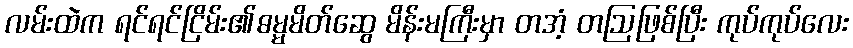
လမ်းထဲက ရင်ရင်ငြိမ်း၏ဓမ္မမိတ်ဆွေ မိန်းမကြီးမှာ တအံ့ တဩဖြစ်ပြီး ကုပ်ကုပ်လေး